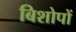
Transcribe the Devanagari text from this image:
बिशोपों